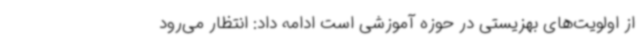
از اولویت‌های بهزیستی در حوزه آموزشی است ادامه داد: انتظار می‌رود